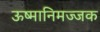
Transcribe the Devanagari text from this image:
ऊष्मानिमज्जक